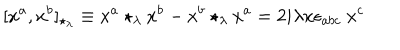
LaTeX: [ x ^ { a } , x ^ { b } ] _ { \star _ { \lambda } } \equiv x ^ { a } \star _ { \lambda } x ^ { b } - x ^ { b } \star _ { \lambda } x ^ { a } = 2 i \lambda x \epsilon _ { a b c } \ x ^ { c }